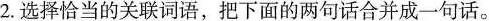
2. 选择恰当的关联词语，把下面的两句话合并成一句话。